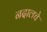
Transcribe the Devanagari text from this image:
नदालचे